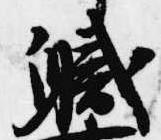
職